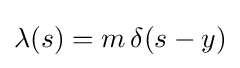
\lambda (s)=m\,\delta (s-y)